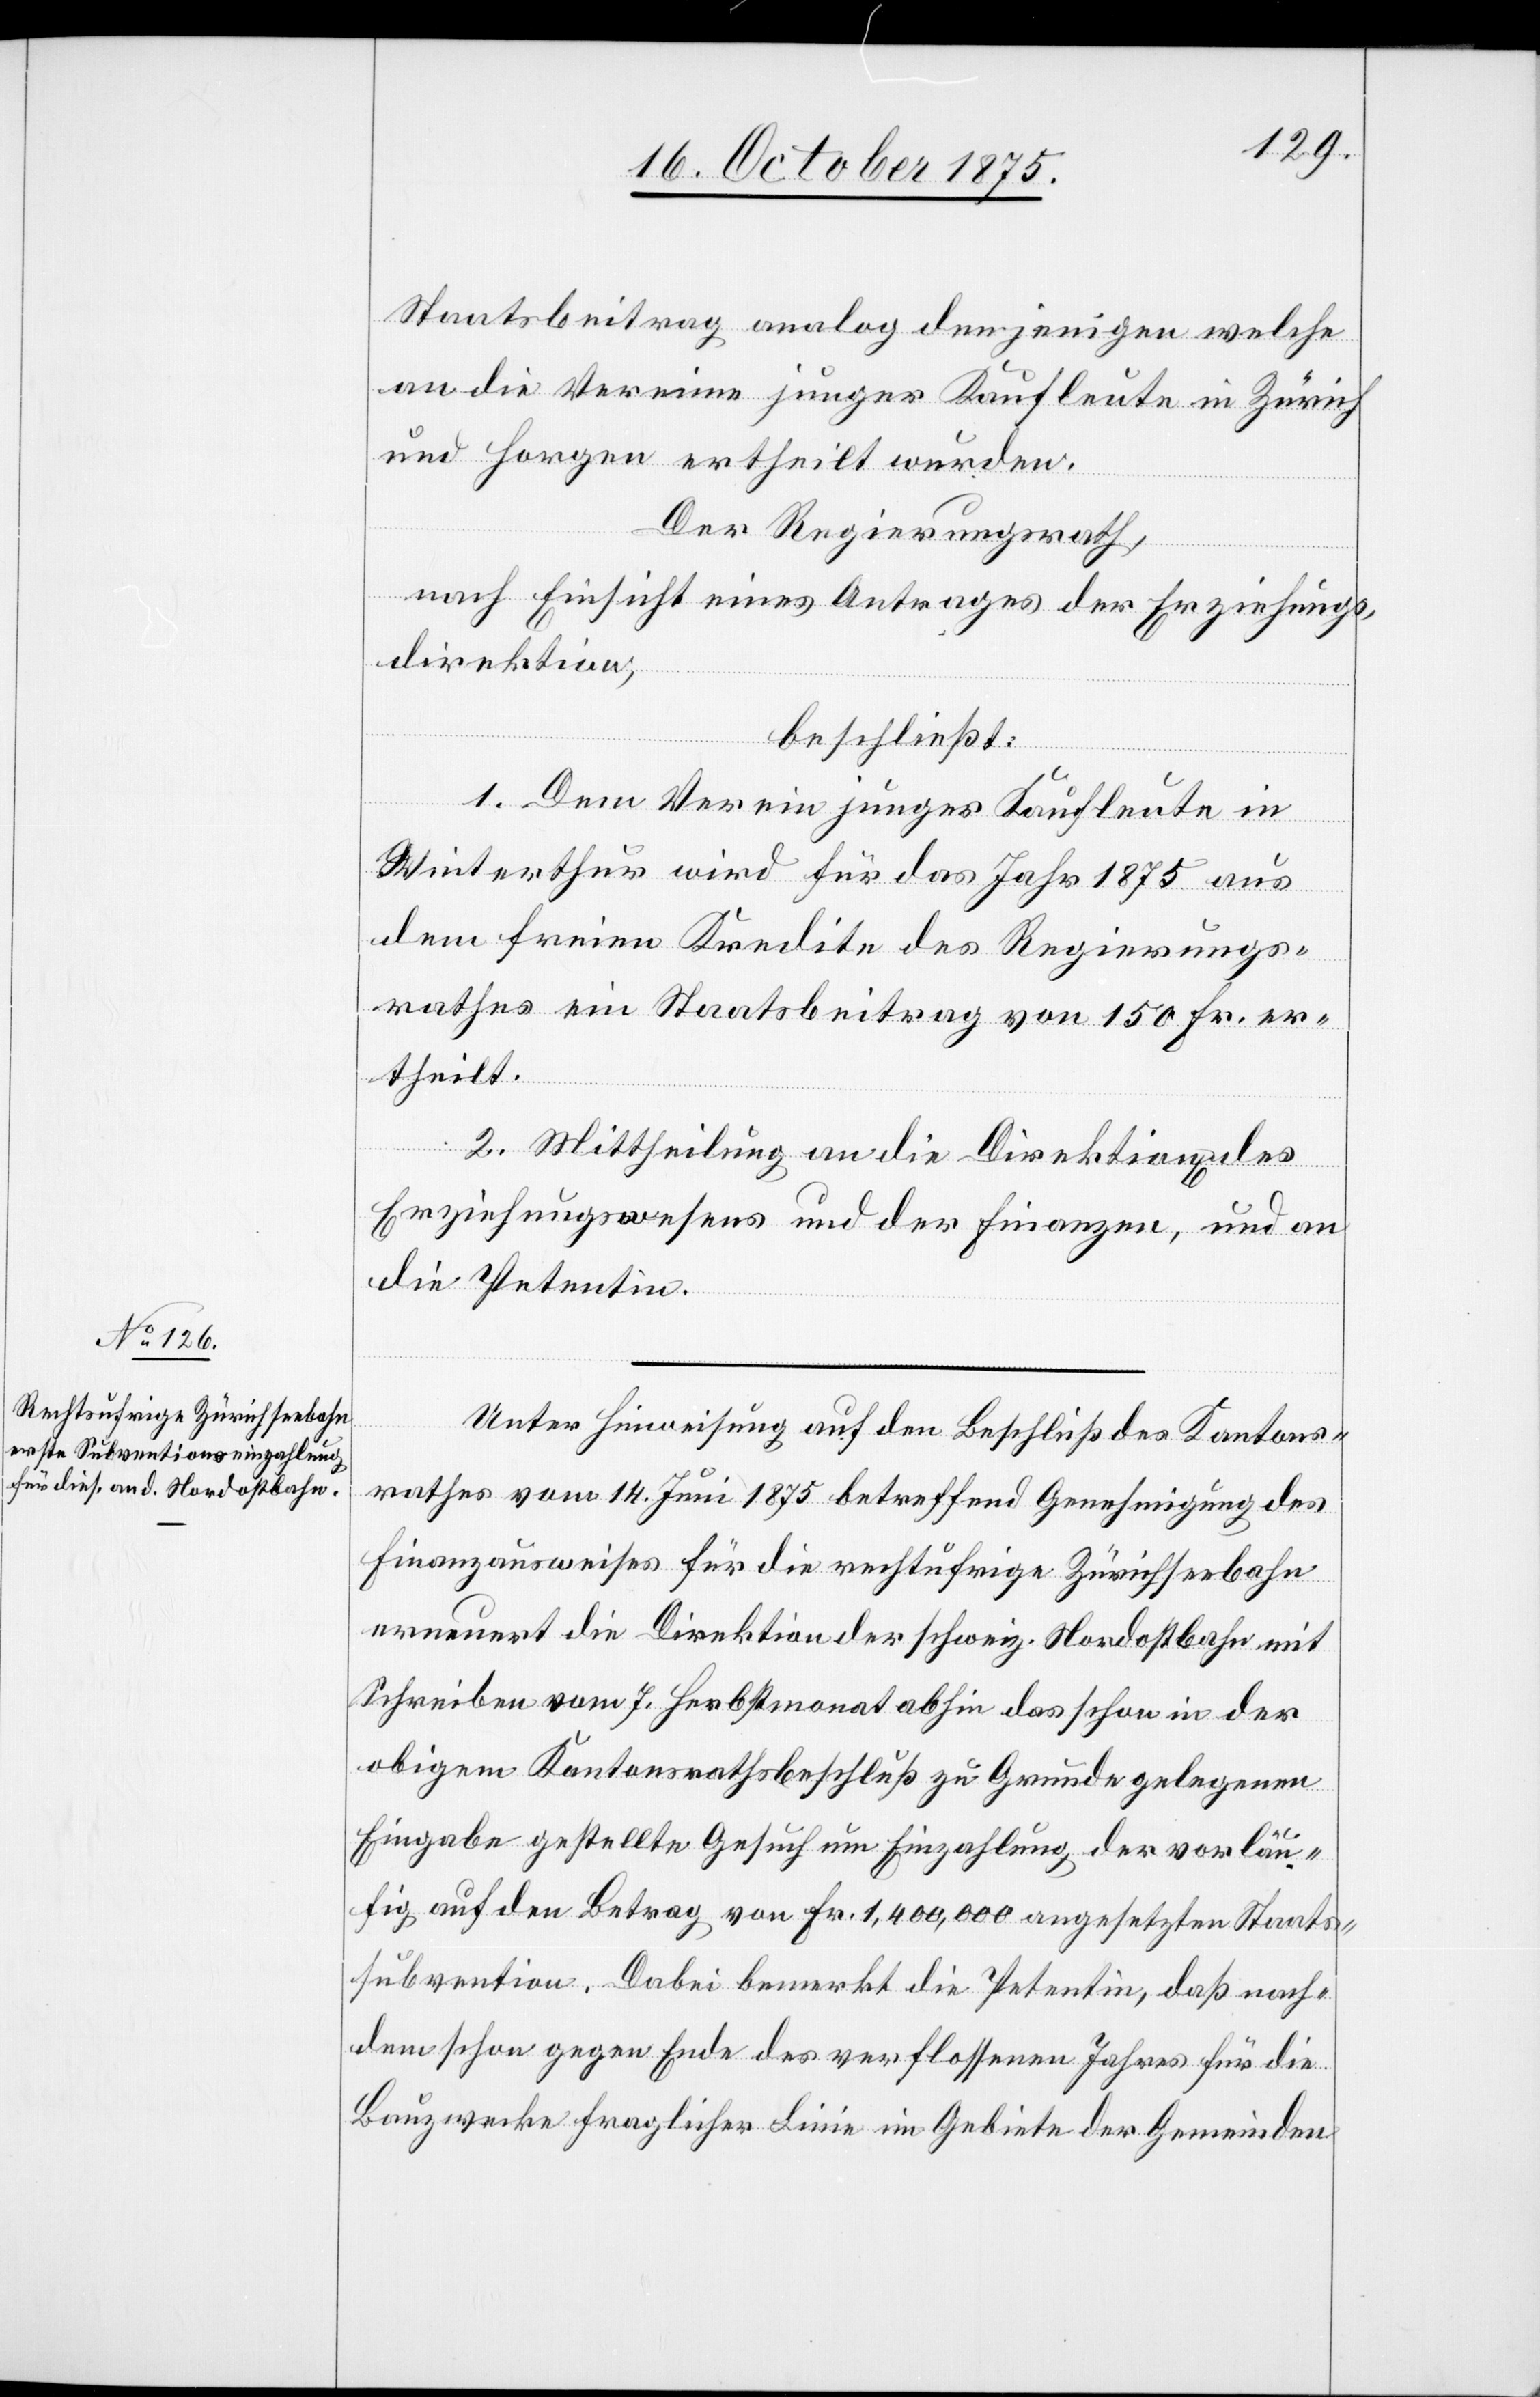
Staatsbeitrag analog denjenigen welche
an die Vereine junger Kaufleute in Zürich
und Horgen ertheilt wurden.
Der Regierungsrath,
nach Einsicht eines Antrages der Erziehungs¬
direktion,
beschließt:
1. Dem Verein junger Kaufleute in
Winterthur wird für das Jahr 1875 aus
dem freien Kredite des Regierungs¬
rathes ein Staatsbeitrag von 150 Fr. er¬
theilt.
2. Mittheilung an die Direktion[en]
Erziehungswesens und der Finanzen, und an
die Petentin.
Unter Hinweisung auf den Beschluß des Kantons¬
rathes vom 14. Juni 1875 betreffend Genehmigung des
Finanzausweises für die rechtufrige Zürichseebahn
erneuert die Direktion der schweiz. Nordostbahn mit
Schreiben vom 7. Herbstmonat abhin das schon in der
obigem Kantonsrathsbeschluß zu Grunde gelegenen
Eingabe gestellte Gesuch um Einzahlung der vorläu¬
fig auf den Betrag von Fr. 1,400,000 angesetzten Staats¬
subvention. Dabei bemerkt die Petentin, daß nach¬
dem schon gegen Ende des verflossenen Jahres für die
Bauzwecke fraglicher Linie im Gebiete der Gemeinden